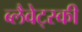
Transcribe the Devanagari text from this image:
ब्लैवेट्स्की